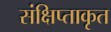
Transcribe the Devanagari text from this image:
संक्षिप्ताकृत